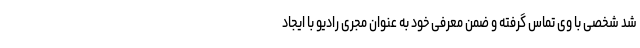
شد شخصی با وی تماس گرفته و ضمن معرفی خود به عنوان مجری رادیو با ایجاد